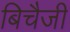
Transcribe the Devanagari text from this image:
बिचैजी